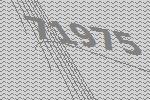
71975